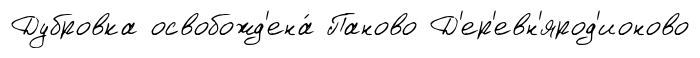
Дубровка освобожд'ена́ Паново Д'ер'евн'ярод'ионово